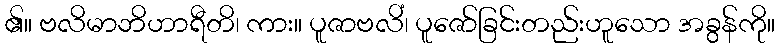
၏။ ဗလိမာဘိဟာရီတိ၊ ကား။ ပူဇာဗလိံ၊ ပူဇော်ခြင်းတည်းဟူသော အခွန်ကို။